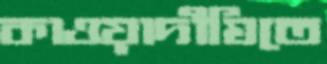
কাওয়াদীঘিতে